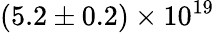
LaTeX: (5.2\pm 0.2)\times 10^{19}